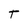
Character: T